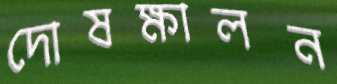
দোষক্ষালন